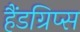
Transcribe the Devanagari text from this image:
हैंडग्रिप्स